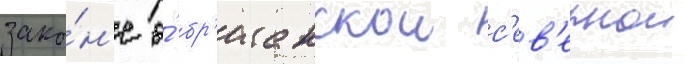
зако́н'е о́ бр'итанскои с'ев'ернои